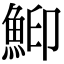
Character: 鮣